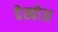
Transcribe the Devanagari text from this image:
देखोअ